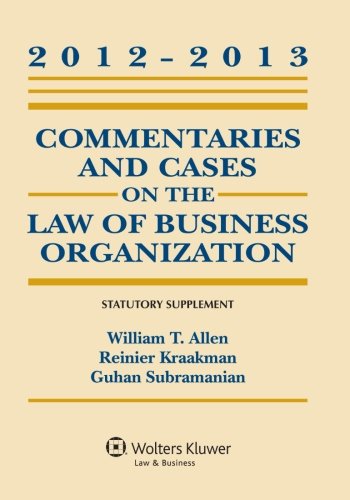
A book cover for Commentaries and Cases on the Law of Business Organization, 2012-2013 Statutory Supplement; William T. Allen; Law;